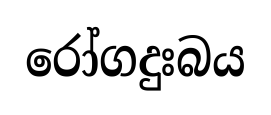
රෝගදුඃබය